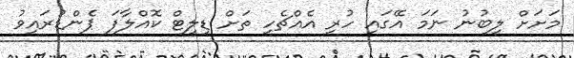
މަށަށް ލިބުނު ނަމަ އޭގަައި ހުރި އެއްޗެހި ތަށް ޑިލީޓް ކޮއްލާފަ ޕެންޑުރައިވު